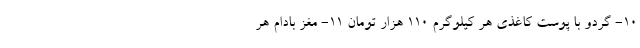
10- گردو با پوست کاغذی هر کیلوگرم 110 هزار تومان 11- مغز بادام هر